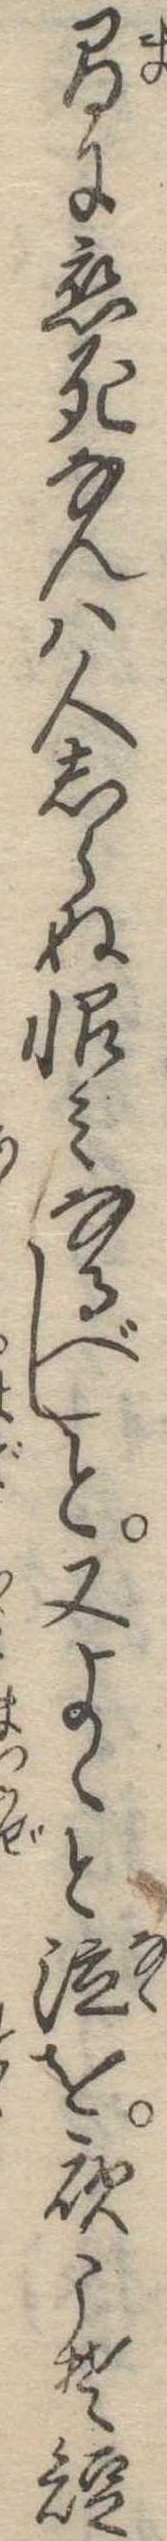
間に恋死なんは人しらぬ恨みなるべしと又よゝと泣を夜こそ短